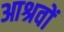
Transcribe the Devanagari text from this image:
आश्रवों